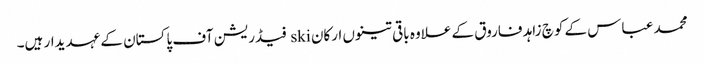
محمد عباس کے کوچ زاہد فاروق کے علاوہ باقی تینوں ارکان ski فیڈریشن آف پاکستان کے عہدیدار ہیں۔